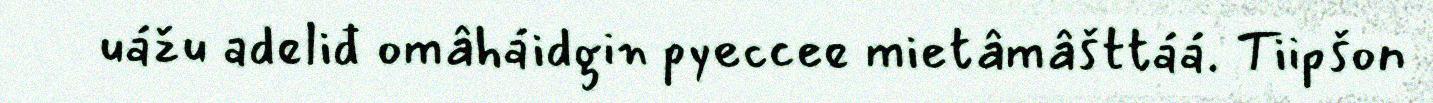
uážu adeliđ omâháidgin pyeccee mietâmâšttáá. Tiipšon